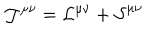
LaTeX: \mathcal { J ^ { \mu \nu } = L ^ { \mu \nu } + S } ^ { \mu \nu }